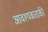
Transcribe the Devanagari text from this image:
आवश्‍यकताकी